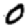
Digit: 0